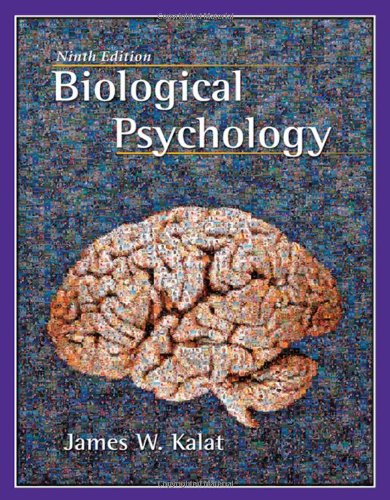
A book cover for Biological Psychology (with CD-ROM); James W. Kalat; Medical Books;